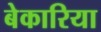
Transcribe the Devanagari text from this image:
बेकारिया